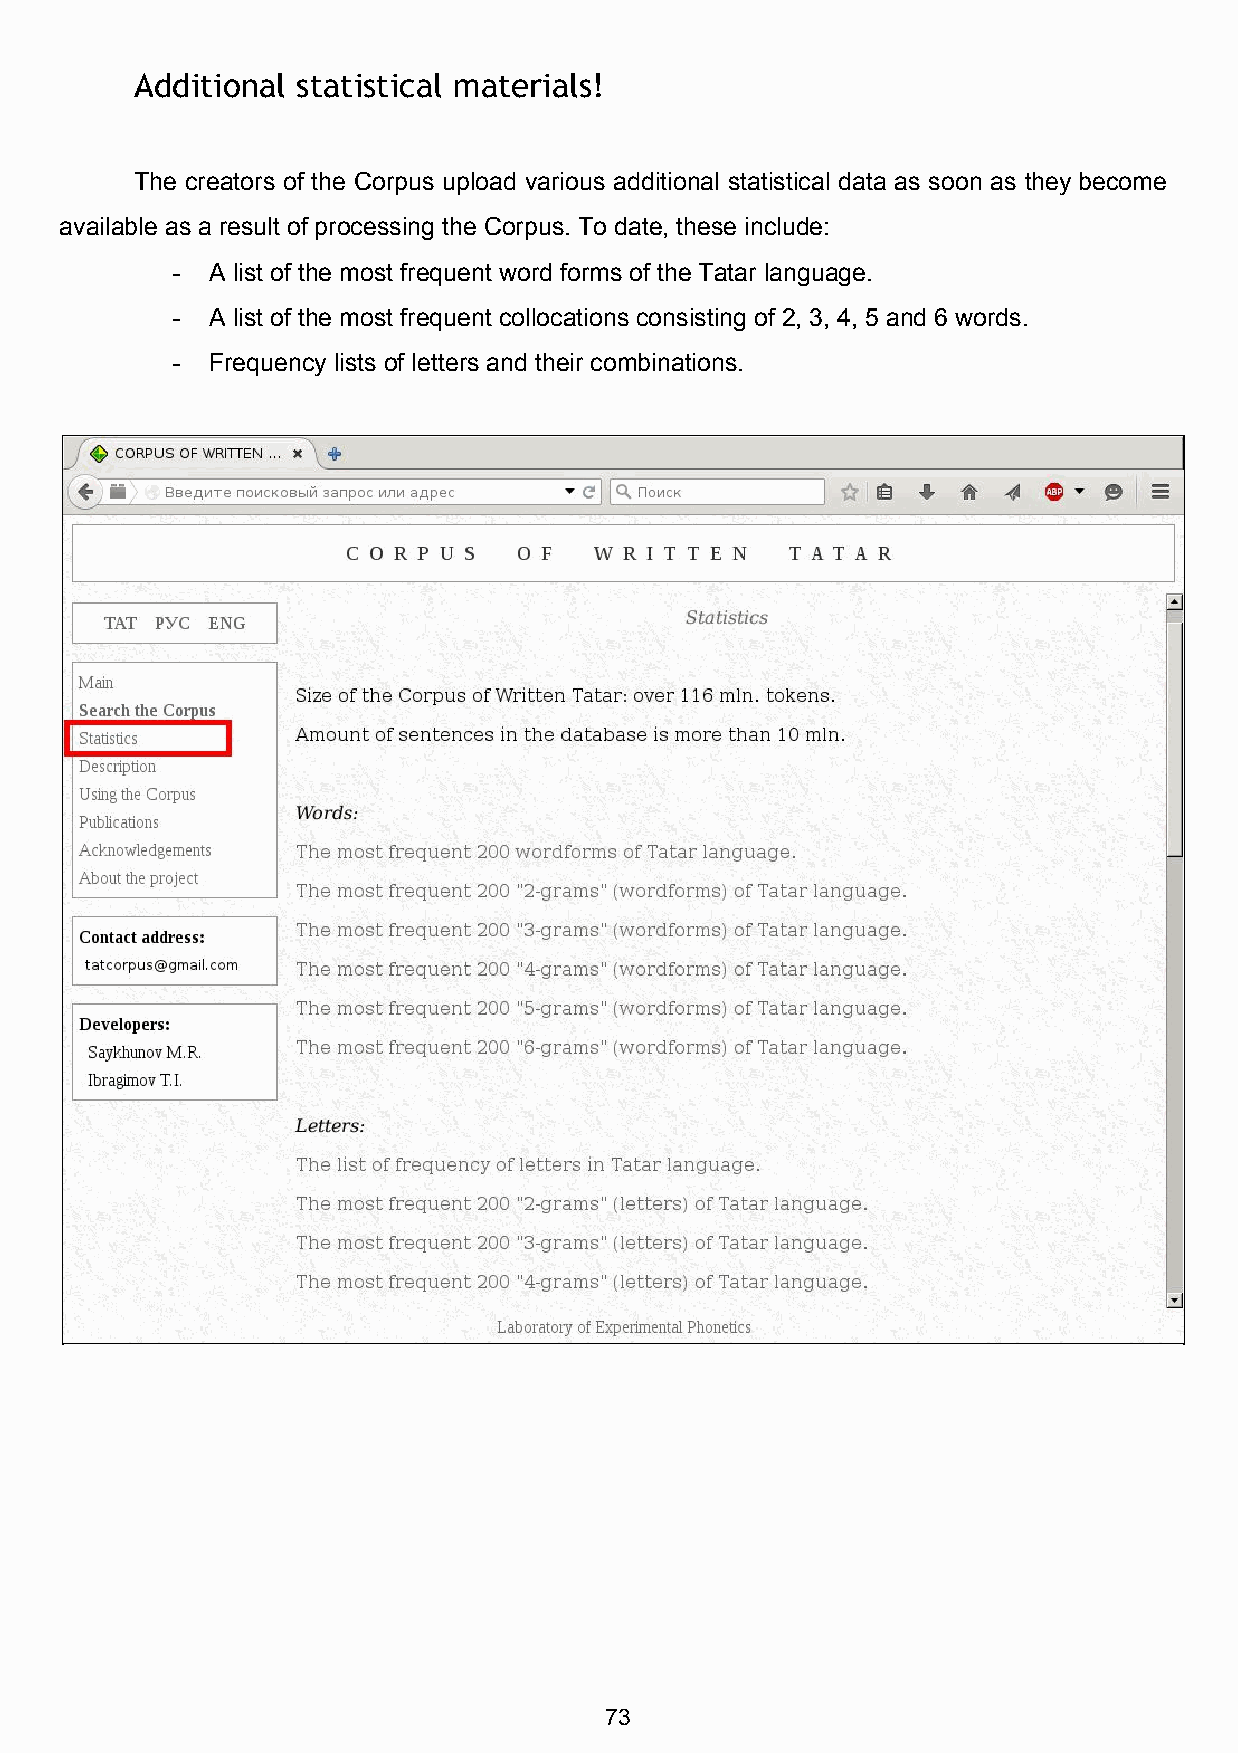
Additional statistical materials!
 The creators of the Corpus upload various additional statistical data as soon as they become
 available as a result of processing the Corpus. To date, these include:
 ­  A list of the most frequent word forms of the Tatar language.
 ­  A list of the most frequent collocations consisting of 2, 3, 4, 5 and 6 words.
 ­  Frequency lists of letters and their combinations.
 73